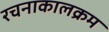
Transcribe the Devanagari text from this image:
रचनाकालक्रम